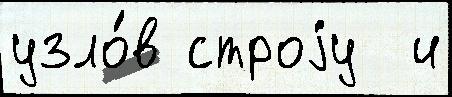
узло́в строjу  и